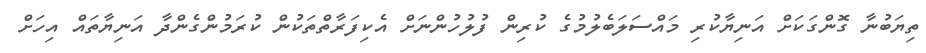
ތިޔަބުނާ ގޮންގަކަށް އަނިޔާކުރި މައްސަލަބެލުމުގެ ކުރިން ފުލުހުންނަށް އެކިފަރާތްތަކުން ކުރަމުންގެންދާ އަނިޔާތައް އިހަށް